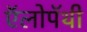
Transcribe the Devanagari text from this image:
ऍलोपॅथी